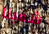
شعبنا